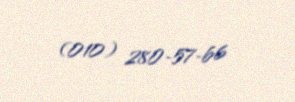
(010) 280-57-66